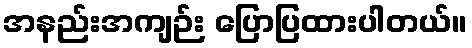
အနည်းအကျဉ်း ပြောပြထားပါတယ်။